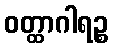
ဝတ္ထာဂါရဉ္စ